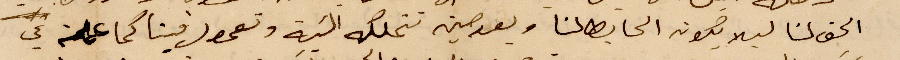
الحق لنا ليلا يكون الحابط لنا وبعد حين تتملكه النية وتحمول فينا كما علمت عن